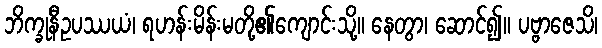
ဘိက္ခုနီဥပဿယံ၊ ရဟန်းမိန်းမတို့၏ကျောင်းသို့။ နေတွာ၊ ဆောင်၍။ ပဗ္ဗာဇေသိ၊